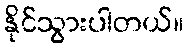
နိုင်သွားပါတယ်။